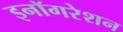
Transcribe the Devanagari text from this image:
इनॉगरेशन